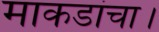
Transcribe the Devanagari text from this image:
माकडांचा।